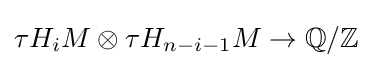
\tau H_{i}M\otimes \tau H_{n-i-1}M\to \mathbb {Q} /\mathbb {Z}